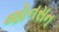
જૉનસન